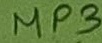
Text: MP3